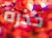
حذره